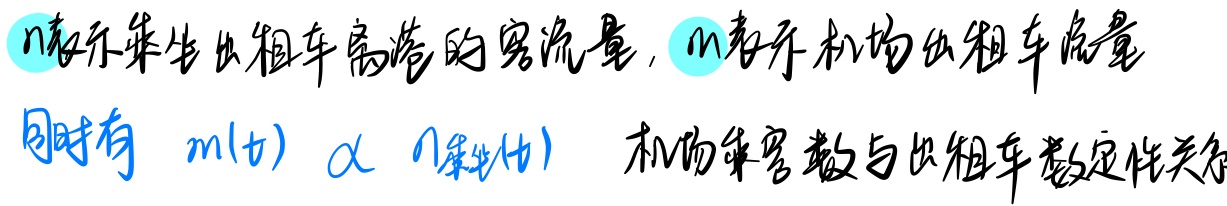
设乐华出租车离港的客流量，\(m\)表示机场出租车流量。同时有，机场乘客数与出租车数存在定性关系：\(m(t)\propto n_{乘客}(t)\)。